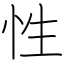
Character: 性